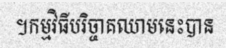
។កម្មវិធីបរិច្ចាគឈាមនេះបាន